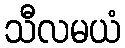
သီလမယံ